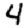
Digit: 4